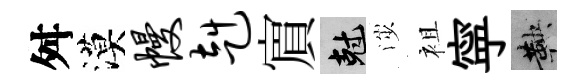
舛漠幔赳賔剋渉袓寜鞅